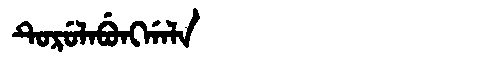
Manchu: ᡨᡠᡵᡠᠯᠠᠪᡠᠩᡤᠠᠯᠠ
Romanization: TURULABUNGGALA